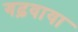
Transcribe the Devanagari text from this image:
गढ़वाया